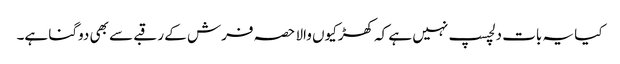
کیا یہ بات دلچسپ نہیں ہے کہ کھڑکیوں والا حصہ فرش کے رقبے سے بھی دوگنا ہے۔